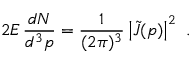
2 E \, \frac { d N } { d ^ { 3 } p } = \frac { 1 } { ( 2 \pi ) ^ { 3 } } \left| \tilde { J } ( p ) \right| ^ { 2 } \ .